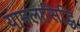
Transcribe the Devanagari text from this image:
यामलासिद्धि